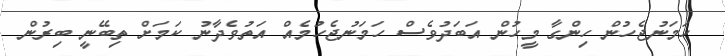
ހަމަނުޖެހުން ހިންގާ މީހުން އަބަދުވެސް ހަމަނުޖެހުމެއް އަތުވެދާނު ކަމަށް ތިބޭނީ ބިރުން